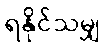
ရနိုင်သမျှ